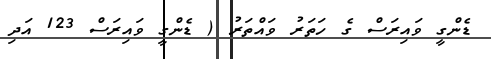
ޑެންގީ ވައިރަސް ގެ ހަތަރު ވައްތަރު ( ޑެންގީ ވައިރަސް 123 އަދި